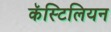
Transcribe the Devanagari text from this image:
कॅस्टिलियन